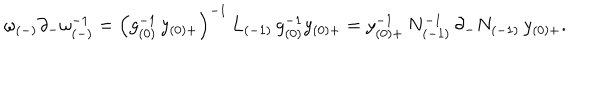
LaTeX: \omega _ { ( - ) } \partial _ { - } \omega _ { ( - ) } ^ { - 1 } = \left( g _ { ( 0 ) } ^ { - 1 } \, y _ { ( 0 ) + } \right) ^ { - 1 } \, L _ { ( - 1 ) } \, g _ { ( 0 ) } ^ { - 1 } y _ { ( 0 ) + } = y _ { ( 0 ) + } ^ { - 1 } \, N _ { ( - 1 ) } ^ { - 1 } \, \partial _ { - } N _ { ( - 1 ) } \, y _ { ( 0 ) + } .